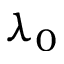
\lambda _ { 0 }